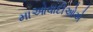
માઓવાદીઓએ